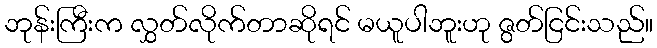
ဘုန်းကြီးက လွှတ်လိုက်တာဆိုရင် မယူပါဘူးဟု ဇွတ်ငြင်းသည်။